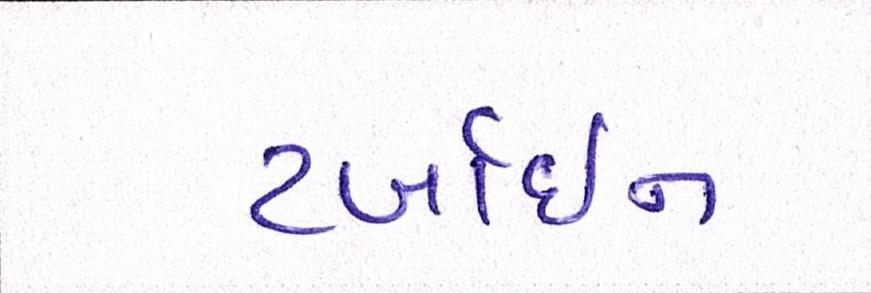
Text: ટર્બાઇન